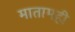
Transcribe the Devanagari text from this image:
मातामही